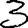
Digit: 3